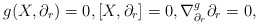
\begin{align*} g(X,\partial_r)=0,[X,\partial_r]=0, \nabla^{g}_{\partial_r}\partial_r=0, \end{align*}